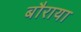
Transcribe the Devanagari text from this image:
बौराया